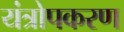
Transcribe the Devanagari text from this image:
यंत्रोपकरण